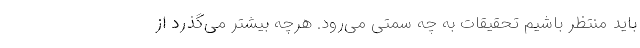
باید منتظر باشیم تحقیقات به چه سمتی می‌رود. هرچه بیشتر می‌گذرد از